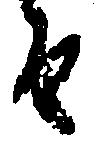
由